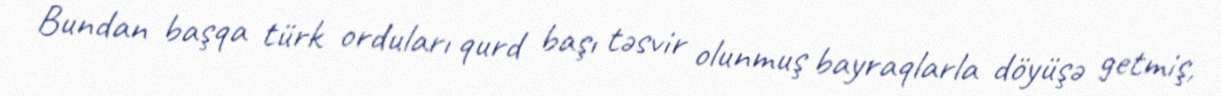
Bundan başqa türk orduları qurd başı təsvir olunmuş bayraqlarla döyüşə getmiş,